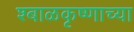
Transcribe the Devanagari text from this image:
श्बाळकृष्णाच्या